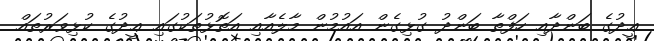
ޢީދުގެ ބަންދާއި ހަފްތާ ބަންދު ގުޅިގެން އައުމުން މާލެއާއި އަތޮޅުތަކުގައި ޢީދުގެ ކުޅިވަރުތައް